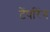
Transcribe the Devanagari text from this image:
टेंपरिंग